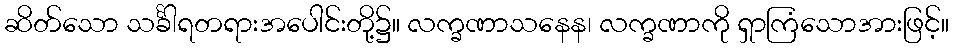
ဆိတ်သော သင်္ခါရတရားအပေါင်းတို့၌။ လက္ခဏာသနေန၊ လက္ခဏာကို ရှာကြံသောအားဖြင့်။